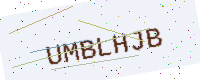
Text: UMBLHJB